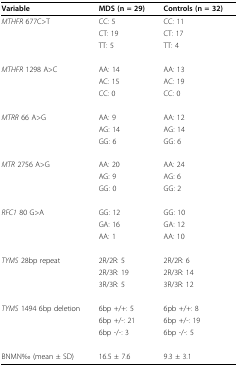
<table><thead><tr><td><b>Variable</b></td><td><b>MDS (n = 29)</b></td><td><b>Controls (n = 32)</b></td></tr></thead><tbody><tr><td><i>MTHFR </i>677C&gt;T</td><td>CC: 5</td><td>CC: 11</td></tr><tr><td></td><td>CT: 19</td><td>CT: 17</td></tr><tr><td></td><td>TT: 5</td><td>TT: 4</td></tr><tr><td><i>MTHFR </i>1298 A&gt;C</td><td>AA: 14</td><td>AA: 13</td></tr><tr><td></td><td>AC: 15</td><td>AC: 19</td></tr><tr><td></td><td>CC: 0</td><td>CC: 0</td></tr><tr><td><i>MTRR </i>66 A&gt;G</td><td>AA: 9</td><td>AA: 12</td></tr><tr><td></td><td>AG: 14</td><td>AG: 14</td></tr><tr><td></td><td>GG: 6</td><td>GG: 6</td></tr><tr><td><i>MTR </i>2756 A&gt;G</td><td>AA: 20</td><td>AA: 24</td></tr><tr><td></td><td>AG: 9</td><td>AG: 6</td></tr><tr><td></td><td>GG: 0</td><td>GG: 2</td></tr><tr><td><i>RFC1 </i>80 G&gt;A</td><td>GG: 12</td><td>GG: 10</td></tr><tr><td></td><td>GA: 16</td><td>GA: 12</td></tr><tr><td></td><td>AA: 1</td><td>AA: 10</td></tr><tr><td><i>TYMS </i>28bp repeat</td><td>2R/2R: 5</td><td>2R/2R: 6</td></tr><tr><td></td><td>2R/3R: 19</td><td>2R/3R: 14</td></tr><tr><td></td><td>3R/3R: 5</td><td>3R/3R: 12</td></tr><tr><td><i>TYMS </i>1494 6bp deletion</td><td>6bp +/+: 5</td><td>6pb +/+: 8</td></tr><tr><td></td><td>6bp +/-: 21</td><td>6bp +/-: 19</td></tr><tr><td></td><td>6bp -/-: 3</td><td>6bp -/-: 5</td></tr><tr><td>BNMN‰ (mean ± SD)</td><td>16.5 ± 7.6</td><td>9.3 ± 3.1</td></tr></tbody></table>